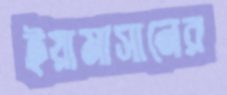
ইয়ামাসানের